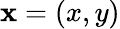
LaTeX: \mathbf{x}=\left(x,y\right)